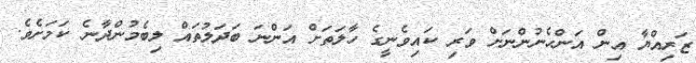
ޒަރިއްޔާ އިން އަންހެނުންނަށް ވަރި ކައިވެނީގެ ހާލަަތަށް އަންނަ ބަދަލުތައް ލިބެމުންދާނެ ކަމަށެވެ.